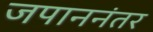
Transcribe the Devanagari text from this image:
जपाननंतर